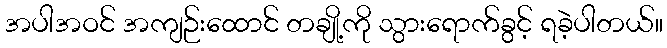
အပါအဝင် အကျဉ်းထောင် တချို့ကို သွားရောက်ခွင့် ရခဲ့ပါတယ်။